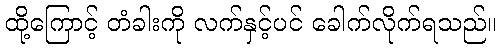
ထို့ကြောင့် တံခါးကို လက်နှင့်ပင် ခေါက်လိုက်ရသည်။